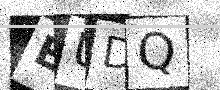
Text: EUDQ